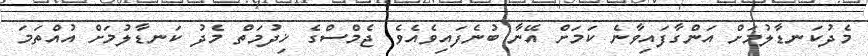
މެދުކަނޑާލުމަށް އަންގާފައިވާނެ ކަމަށް އޭނާ ބުނެފައިވެއެވެ. ޖެމްސްގެ ޚިދުމަތް މެދު ކަނޑާލުމަށް އުއްތަމަ